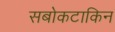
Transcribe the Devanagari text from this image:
सबोकटाकिन